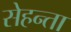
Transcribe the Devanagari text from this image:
सेहन्‍ता